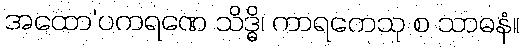
အထော’ပကရဏေ သိဒ္ဓိ၊ ကာရကေသု စ သာဓနံ။